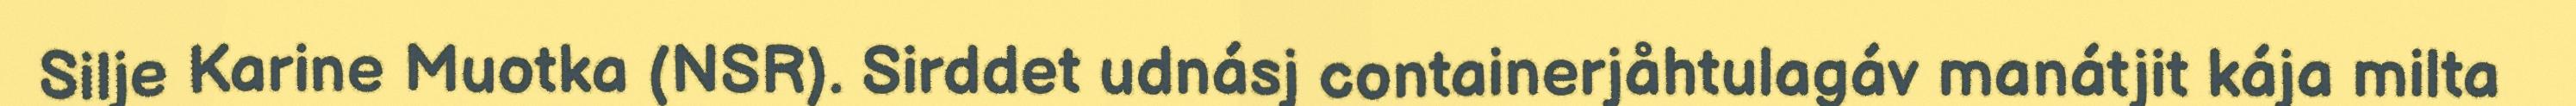
Silje Karine Muotka (NSR). Sirddet udnásj containerjåhtulagáv manátjit kája milta